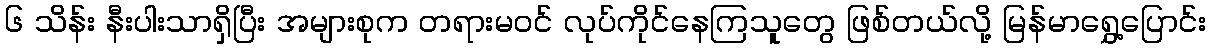
၆ သိန်း နီးပါးသာရှိပြီး အများစုက တရားမဝင် လုပ်ကိုင်နေကြသူတွေ ဖြစ်တယ်လို့ မြန်မာရွှေ့ပြောင်း